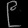
Digit: ၉